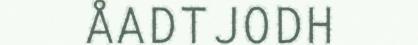
ÅADTJODH